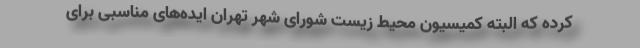
کرده که البته کمیسیون محیط زیست شورای شهر تهران ایده‌های مناسبی برای